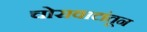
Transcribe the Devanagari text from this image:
चोरावाटांतून